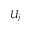
U _ { j }